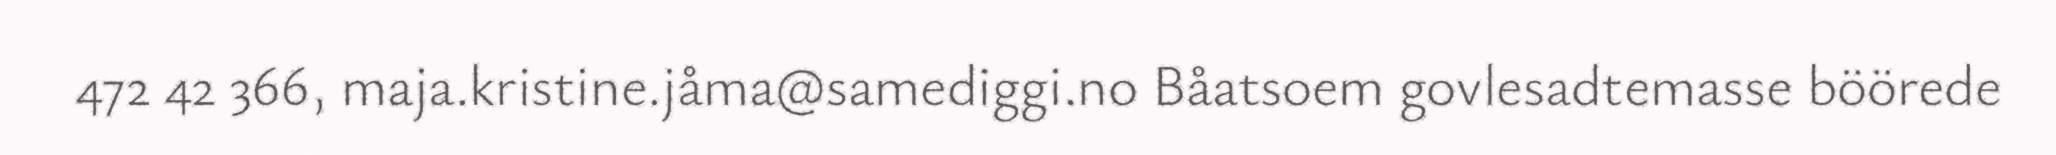
472 42 366, maja.kristine.jåma@samediggi.no Båatsoem govlesadtemasse böörede